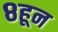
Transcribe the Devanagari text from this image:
८हून